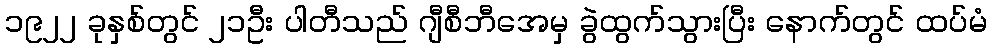
၁၉၂၂ ခုနှစ်တွင် ၂၁ဦး ပါတီသည် ဂျီစီဘီအေမှ ခွဲထွက်သွားပြီး နောက်တွင် ထပ်မံ